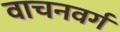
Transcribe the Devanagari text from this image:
वाचनवर्ग